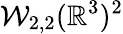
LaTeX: \mathcal{W}_{2,2}(\mathbb{R}^{3})^{2}